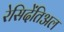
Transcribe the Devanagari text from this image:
रेसिदेंतिअल